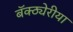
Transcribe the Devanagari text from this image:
बॅक्ठ्येरीया